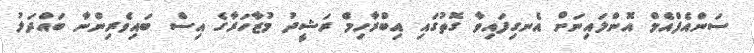
ސަންއެފްއެމް އޮންލައިނަށް އެނގިފައިވާ ގޮތުގައި އިބްރާހިމް ރަޝީދު މުޒާހަރާގެ އިސް ބައިވެރިންނާ ބައްދަލު